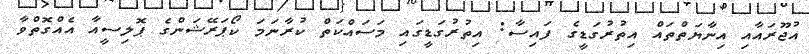
އުޖޫރައާއި އިނާޔަތްތައް އިތުރުގަޑީގެ ފައިސާ: އިތުރުގަޑީގައި މަސައްކަތް ކުރާނަމަ ކޯޕަރޭޝަންގެ ޕޮލިސީއާ އެއްގޮތްވާ